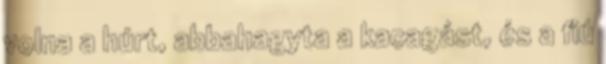
volna a húrt, abbahagyta a kacagást, és a fiú